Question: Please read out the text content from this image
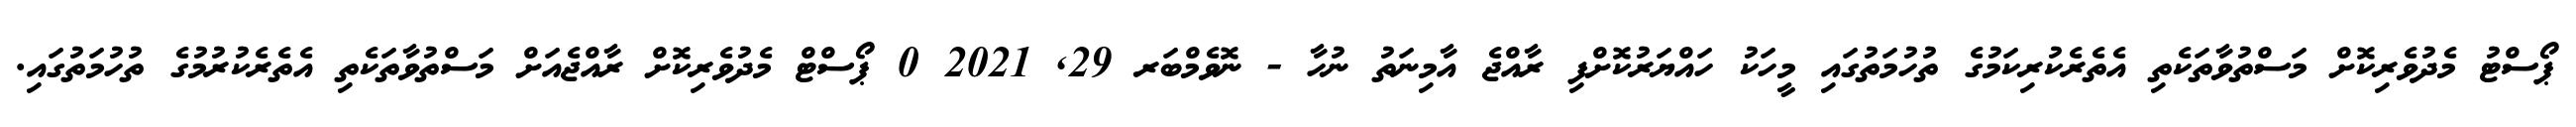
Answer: ޕޯސްޓު މެދުވެރިކޮށް މަސްތުވާތަކެތި އެތެރެކުރިކަމުގެ ތުހުމަތުގައި މީހަކު ހައްޔަރުކޮށްފި ރާއްޖެ އާމިނަތު ނުހާ - ނޮވެމްބަރ 29, 2021 0 ޕޯސްޓް މެދުވެރިކޮށް ރާއްޖެއަށް މަސްތުވާތަކެތި އެތެރެކުރުމުގެ ތުހުމަތުގައި.